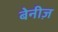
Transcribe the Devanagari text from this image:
बेनीज़